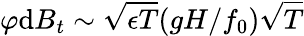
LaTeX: \varphi\mathrm{d}B_{t}\sim\sqrt{\epsilon T}(gH/f_{0})\sqrt{T}